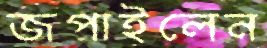
জপাইলেন